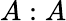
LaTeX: A:A